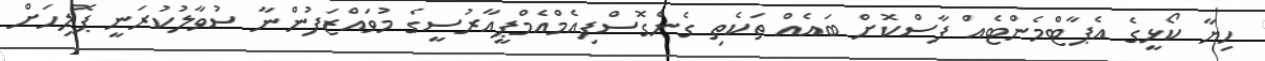
ހިޔާ ކޯޅީގެ އެޕާޓްމެންޓެއް ފާސްކޮށް ބައެއް ތަކެތި ގެންގޮސްފިއެމްއެމްޕީއާރުސީގެ މުވައްޒަފުންނާ ސުވާލުކުރަނީ ޕޮލިހަށް